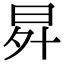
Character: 𭥧